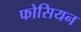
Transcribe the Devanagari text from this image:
फोसियन